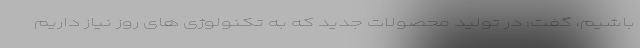
باشیم، گفت: در تولید محصولات جدید که به تکنولوژی های روز نیاز داریم